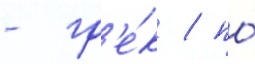
- гр'е́к / по́